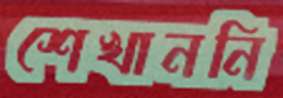
শেখাননি